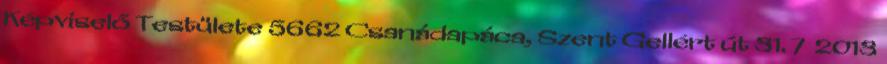
Képviselő Testülete 5662 Csanádapáca, Szent Gellért út 31. 7 2013